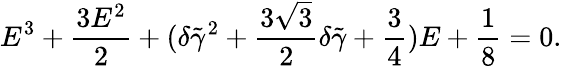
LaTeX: E^{3}+\frac{3E^{2}}{2}+(\delta\tilde{\gamma}^{2}+\frac{3\sqrt{3}}{2}\delta\tilde{\gamma}+\frac{3}{4})E+\frac{1}{8}=0.